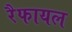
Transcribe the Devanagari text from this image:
रैफायल